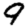
Digit: 9